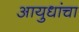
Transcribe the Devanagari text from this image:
आयुधांचा